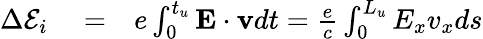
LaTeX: \begin{array}{rlr}{\Delta{\cal E}_{i}}&{{}=}&{e\int_{0}^{t_{u}}\mathbf{E}\cdot\mathbf{v}dt=\frac{e}{c}\int_{0}^{L_{u}}E_{x}v_{x}ds}\end{array}